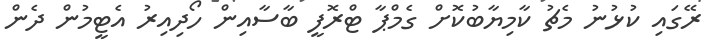
ރޭގައި ކުޅުނު މެޗު ކާމިޔާބުކޮށް ގެމްޕާ ޓްރޮފީ ބާސާއިން ހޯދިއިރު އެޓީމުން ދެން